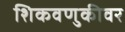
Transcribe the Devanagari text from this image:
शिकवणुकीवर